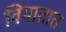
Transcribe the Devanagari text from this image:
विमातात